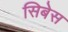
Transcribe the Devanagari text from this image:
सिबेस